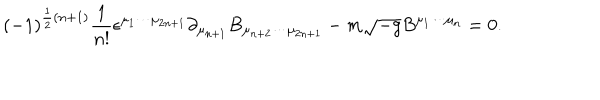
( - 1 ) ^ { \frac 1 2 ( n + 1 ) } { \frac { 1 } { n ! } } \epsilon ^ { \mu _ { 1 } \cdots \mu _ { 2 n + 1 } } \partial _ { \mu _ { n + 1 } } B _ { \mu _ { n + 2 } \cdots \mu _ { 2 n + 1 } } - m \sqrt { - g } B ^ { \mu _ { 1 } \cdots \mu _ { n } } = 0 .